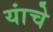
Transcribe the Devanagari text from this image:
यांचेे